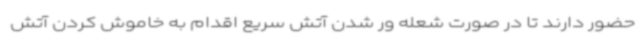
حضور دارند تا در صورت شعله ور شدن آتش سریع اقدام به خاموش کردن آتش